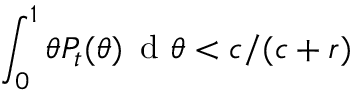
\int _ { 0 } ^ { 1 } \theta P _ { t } ( \theta ) \, \mathrm { ~ d ~ } \theta < c / ( c + r )